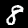
Label: 8